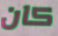
كان